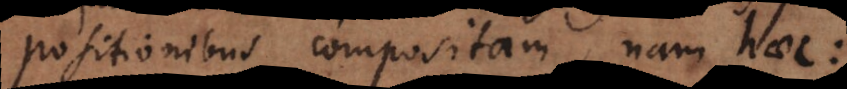
positionibus compositam, nam haec: